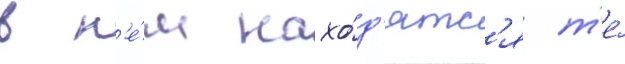
в н'е́м нахо́д'ятс'я т'е́